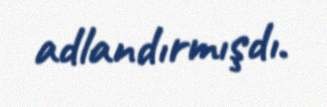
adlandırmışdı.